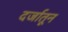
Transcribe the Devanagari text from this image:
दर्जातून